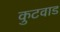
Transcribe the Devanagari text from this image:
कुटवाड